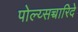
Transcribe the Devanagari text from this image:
पोल्य्सच्चारिदे